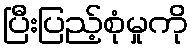
ပြီးပြည့်စုံမှုကို